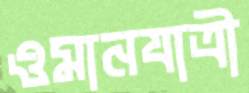
ওমানযাত্রী